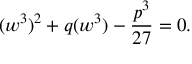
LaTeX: ( w ^ { 3 } ) ^ { 2 } + q ( w ^ { 3 } ) - { \frac { p ^ { 3 } } { 2 7 } } = 0 .